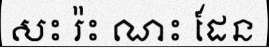
សះ រ៉ះ ណះ ដែន